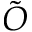
\tilde { O }